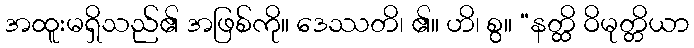
အထူးမရှိသည်၏ အဖြစ်ကို။ ဒေဿတိ၊ ၏။ ဟိ၊ စွ။ “နတ္ထိ ဝိမုတ္တိယာ